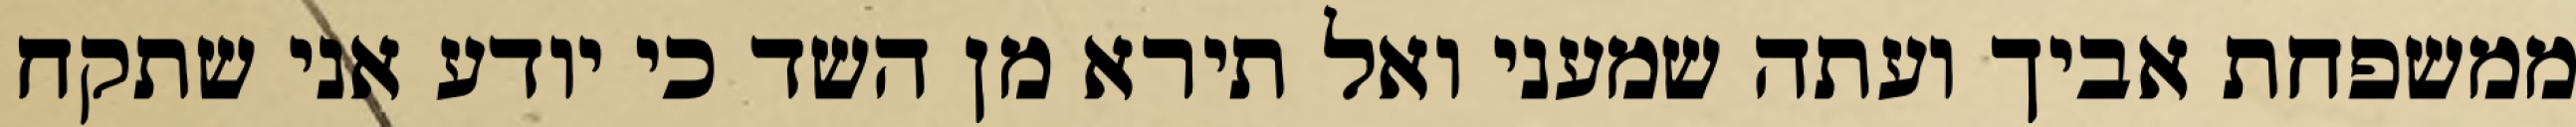
ממשפחת אביך ועתה שמעני ואל תירא מן השד כי יודע אני שתקח